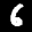
Label: 6